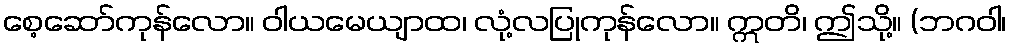
စေ့ဆော်ကုန်လော။ ဝါယမေယျာထ၊ လုံ့လပြုကုန်လော။ ဣတိ၊ ဤသို့။ (ဘဂဝါ၊